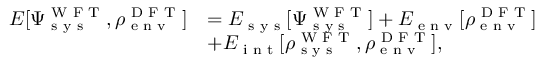
\begin{array} { r l } { E [ \Psi _ { \textrm { s y s } } ^ { \textrm { W F T } } , \rho _ { \textrm { e n v } } ^ { \textrm { D F T } } ] } & { = E _ { \textrm { s y s } } [ \Psi _ { \textrm { s y s } } ^ { \textrm { W F T } } ] + E _ { \textrm { e n v } } [ \rho _ { \textrm { e n v } } ^ { \textrm { D F T } } ] } \\ & { + E _ { \textrm { i n t } } [ \rho _ { \textrm { s y s } } ^ { \textrm { W F T } } , \rho _ { \textrm { e n v } } ^ { \textrm { D F T } } ] , } \end{array}